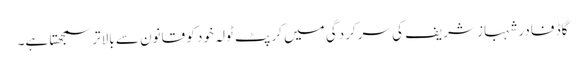
گاڈ فادر شہباز شریف کی سرکردگی میں کرپٹ ٹولہ خود کو قانون سے بالاتر سمجھتا ہے۔